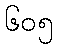
၆၀၅